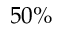
5 0 \%